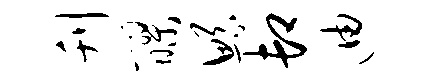
刊醪鲧卸迪